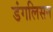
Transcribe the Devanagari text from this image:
डंगलिसन